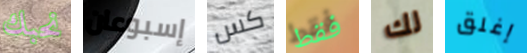
نحبك إسبوعان كس فقط لك إغلق